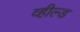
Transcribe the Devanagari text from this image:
व्हील्ड